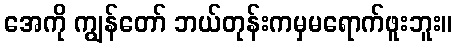
အေကို ကျွန်တော် ဘယ်တုန်းကမှမရောက်ဖူးဘူး။